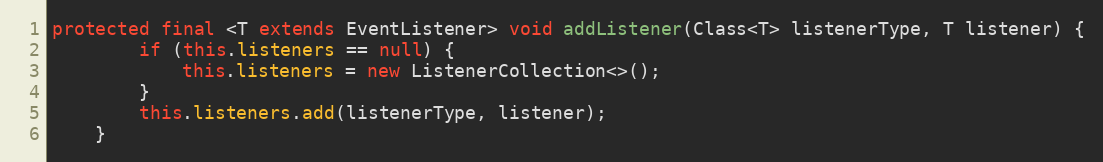
Language: Java
protected final <T extends EventListener> void addListener(Class<T> listenerType, T listener) {
		if (this.listeners == null) {
			this.listeners = new ListenerCollection<>();
		}
		this.listeners.add(listenerType, listener);
	}